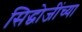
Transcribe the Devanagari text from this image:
सिद्धोजींच्या